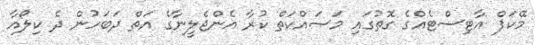
މޭކަޕް އާޓިސްޓެއްގެ ގޮތުގައި މަސައްކަތް ކުރާ އެންޖެލީނާގެ އަތް ދަބަހުން ދެ ކިލޯއާ